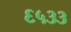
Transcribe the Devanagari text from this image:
६५३३